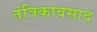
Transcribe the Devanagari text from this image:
तंत्रिकावसाद